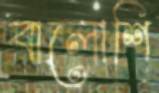
বালোশি